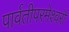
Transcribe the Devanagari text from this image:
पार्वतीपरमेश्वरौ